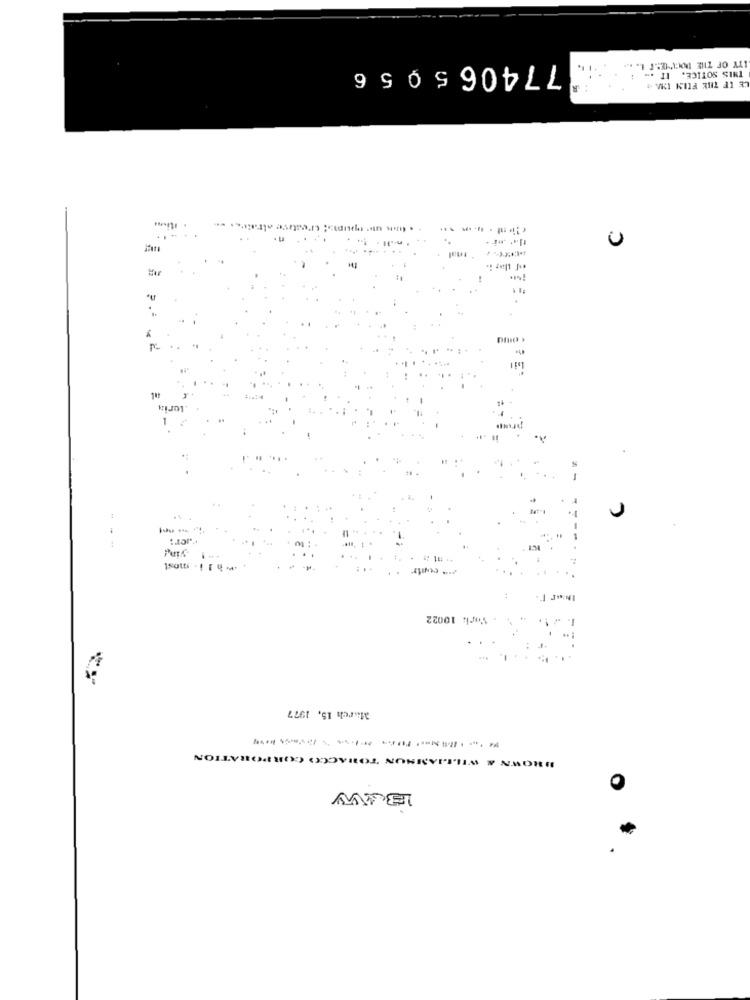
774065956
ITY OF THE DOGEST L. ...
THIS SOTICE. IT ... .
LE IF THE FLIN IMA -
n
Lil
1.
r
ruler;
. hli. most
York: 10022
March 15, 1977
TION
BROWN & WILLIAMNON TOBACCO CON
0